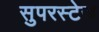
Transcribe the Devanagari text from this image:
सुपरस्टेज